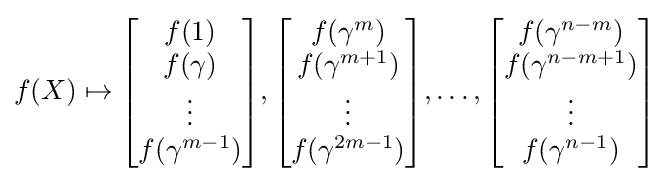
f(X)\mapsto {\begin{bmatrix}f(1)\\f(\gamma )\\\vdots \\f(\gamma ^{m-1})\end{bmatrix}},{\begin{bmatrix}f(\gamma ^{m})\\f(\gamma ^{m+1})\\\vdots \\f(\gamma ^{2m-1})\end{bmatrix}},\ldots ,{\begin{bmatrix}f(\gamma ^{n-m})\\f(\gamma ^{n-m+1})\\\vdots \\f(\gamma ^{n-1})\end{bmatrix}}